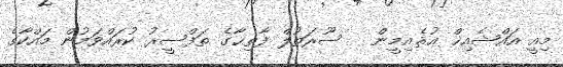
މިއީ އައްޝެއިޚް ޢުޘެއިމީން   ސޫރަތުލް ފާތިޙާގެ ތަފްސީރު ކުރައްވަމުން މައްކާގެ